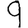
Digit: 9